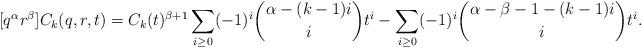
LaTeX: \begin{align*} [q^\alpha r^\beta]C_k(q,r,t) = C_k(t)^{\beta+1} \sum_{i \geq 0} (-1)^i \binom{\alpha - (k-1)i}{i} t^i - \sum_{i \geq 0} (-1)^i \binom{\alpha - \beta - 1 - (k-1)i}{i} t^i.\end{align*}